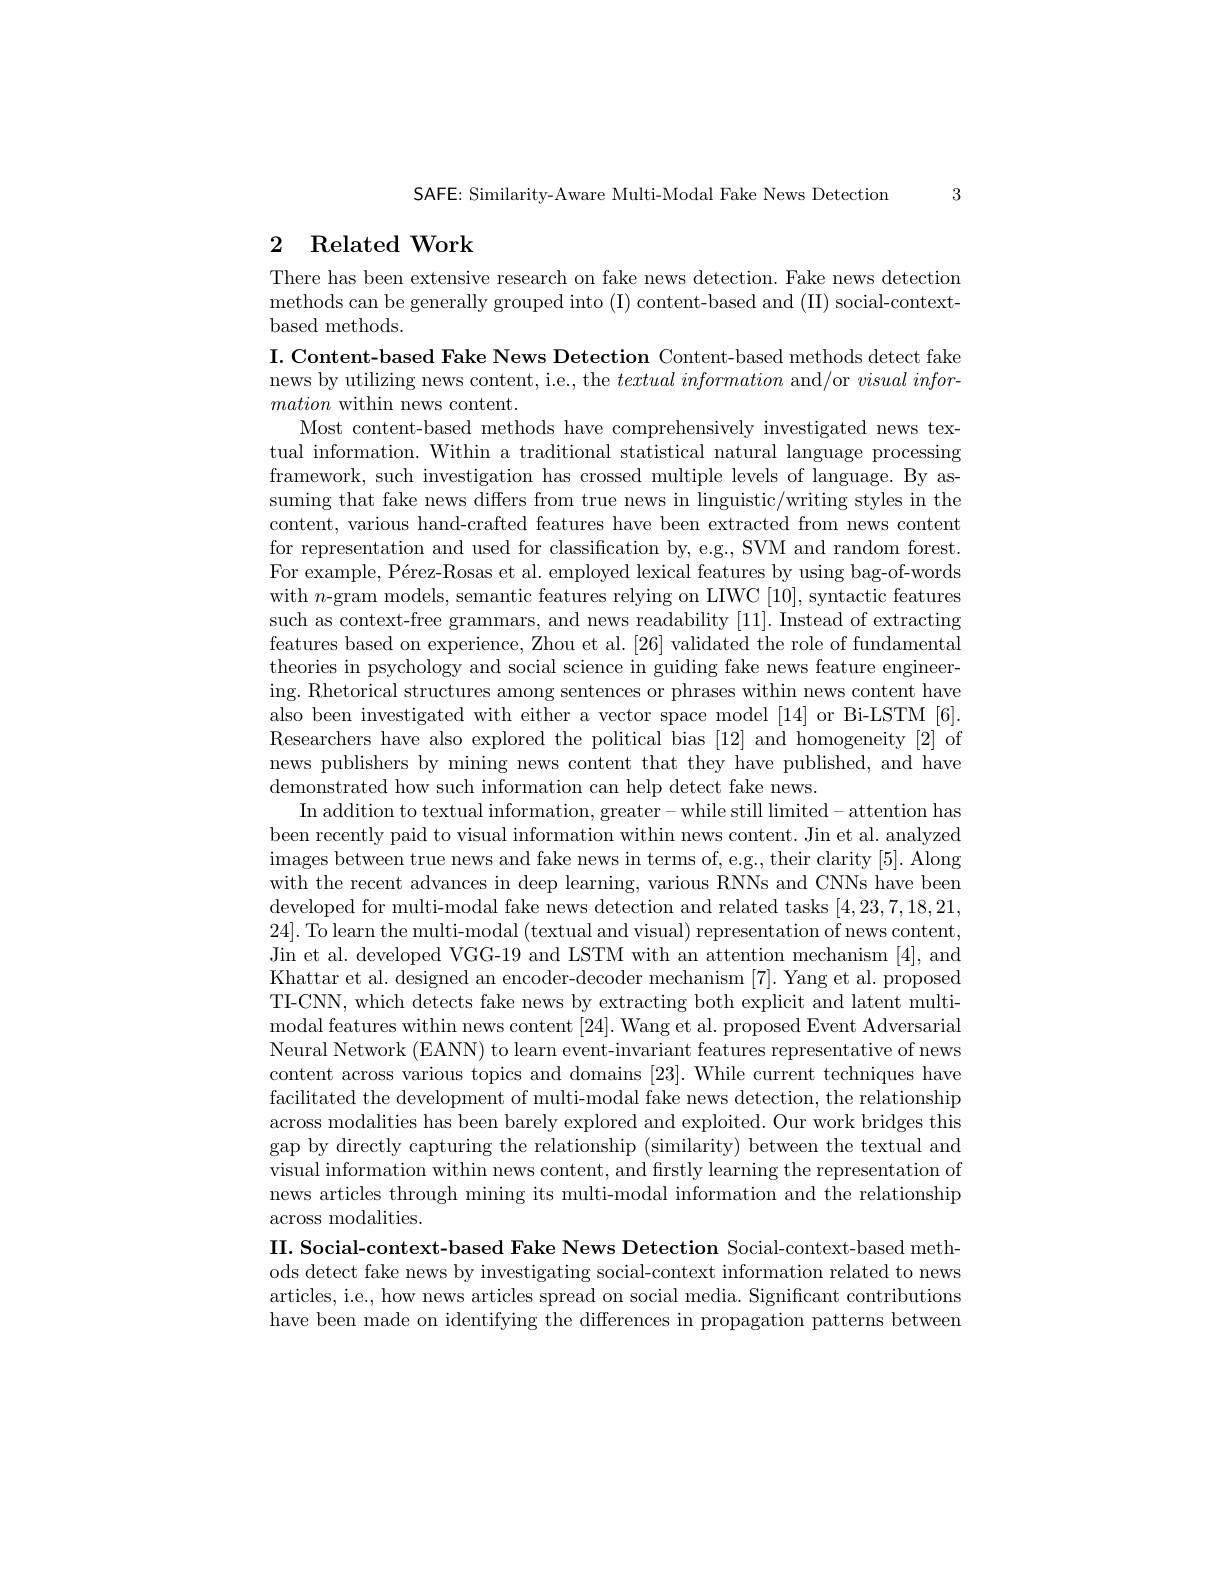
SAFE: Similarity-Aware Multi-Modal Fake News Detection 3

# 2 Related Work

There has been extensive research on fake news detection. Fake news detection methods can be generally grouped into (I)content-based and (II) social-contextbased methods.

I. Content-based Fake News Detection Content-based methods detect fake news by utilizing news content, i.e., the $textual\textit{information and/ or visual infor- by utilizing news content, i. e. , the textual information and/ or visual infor- pres pres pres pres pres pres pres pres pres pres pres pres pres pres pres pres pres pres p}$

mation within news content.
Most content-based methods have comprehensively investigated news textual information. Within a traditional statistical natural language processing framework, such investigation has crossed multiple levels of language. By assuming that fake news differs from true news in linguistic/writing styles in the content, various hand-crafted features have been extracted from news content for representation and used for classification by, e.g., SVM and random forest. For example, Pérez-Rosas et al. employed lexical features by using bag-of-words with $n$-gram models, semantic features relying on LIWC [10],syntactic features such as context-free grammars, and news readability [11]. Instead of extracting features based on experience, Zhou et al. [26] validated the role of fundamental theories in psychology and social science in guiding fake news feature engineering. Rhetorical structures among sentences or phrases within news content have also been investigated with either a vector space model [14] or Bi-LSTM [6]. Researchers have also explored the political bias [12] and homogeneity [2] of news publishers by mining news content that they have published, and have demonstrated how such information can help detect fake news.
In addition to textual information, greater- while still limited- attention has been recently paid to visual information within news content. Jin et al. analyzed images between true news and fake news in terms of, e.g., their clarity [5]. Along with the recent advances in deep learning, various RNNs and CNNs have been developed for multi-modal fake news detection and related tasks [4,23,7,18,21, 24]. To learn the multi-modal (textual and visual) representation of news content, Jin et al. developed VGG-19 and LSTM with an attention mechanism [4], and Khattar et al. designed an encoder-decoder mechanism [7]. Yang et al. proposed TI-CNN, which detects fake news by extracting both explicit and latent multimodal features within news content [24]. Wang et al. proposed Event Adversarial Neural Network (EANN) to learn event-invariant features representative of news content across various topics and domains [23]. While current techniques have facilitated the development of multi-modal fake news detection, the relationship across modalities has been barely explored and exploited. Our work bridges this gap by directly capturing the relationship (similarity) between the textual and visual information within news content, and firstly learning the representation of news articles through mining its multi-modal information and the relationship across modalities.
II. Social-context-based Fake News Detection Social-context-based methods detect fake news by investigating social-context information related to news articles, i.e., how news articles spread on social media. Significant contributions have been made on identifying the differences in propagation patterns between